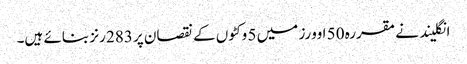
انگلیند نے مقررہ 50 اوورز میں 5 وکٹوں کے نقصان پر 283 رنز بنائے ہیں۔